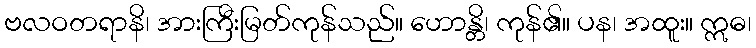
ဗလဝတရာနိ၊ အားကြီးမြတ်ကုန်သည်။ ဟောန္တိ၊ ကုန်၏။ ပန၊ အထူး။ ဣဓ၊